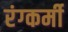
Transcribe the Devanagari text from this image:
रंग्कर्मी